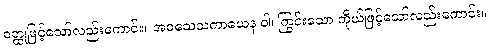
ဝတ္ထုဖြင့်သော်လည်းကောင်း။ အဝသေသကာယေန ဝါ၊ ကြွင်းသော ကိုယ်ဖြင့်သော်လည်းကောင်း။